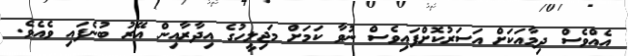
އެއްވެސް ދިމާއަަކަށް އަސަރުކޮށްފައިވެސް ނުވާ ކަމަށް މަޖިލީހުގެ އިދާރާއިން އޭރު ބުނެފައި ވެއެވެ.